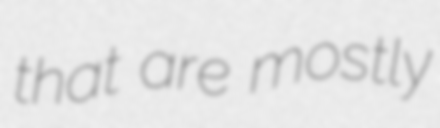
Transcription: that are mostly